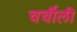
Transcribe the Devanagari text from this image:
चर्चीली